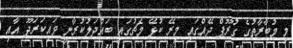
މި މުބާރާތުގެ ގުރޫޕް ދޭއްގައި މިރޭ ކުޅޭ މެޗުގައި ބައްދަލުކުރާނީ ވައިކަރަދޫ އާއި